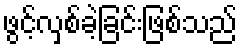
ဖွင့်လှစ်ခဲ့ခြင်းဖြစ်သည်